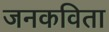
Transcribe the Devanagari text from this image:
जनकविता